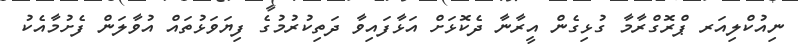
ނިއުކްލިއަރ ޕްރޮގްރާމާ ގުޅިގެން އީރާނާ ދެކޮޅަށް އަޅާފައިވާ ދަތިކުރުމުގެ ފިޔަވަޅުތައް އުވާލަން ފެށުމާއެކު